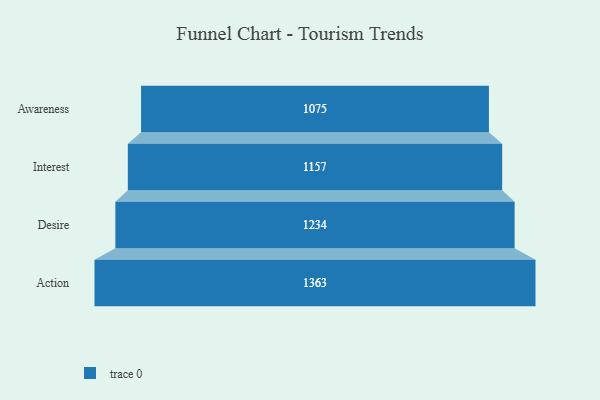
{"axis": {"x": "Stage", "y": "Value"}, "legend": [""], "data": [{"x": "Awareness", "y": 1075.0, "type": ""}, {"x": "Interest", "y": 1157.0, "type": ""}, {"x": "Desire", "y": 1234.0, "type": ""}, {"x": "Action", "y": 1363.0, "type": ""}]}